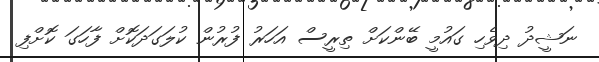
ނަޝީދު ދިވެހި ގައުމީ ބޭންކަށް ތިރީސް އަހަރު ފުރުން ކުލަގަދަކޮށް ފާހަގަ ކޮށްފި